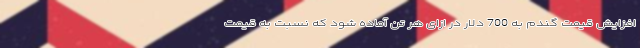
افزایش قیمت گندم به 700 دلار در ازای هر تن آماده شود که نسبت به قیمت